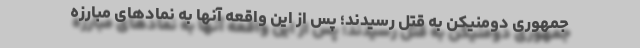
جمهوری دومنیکن به قتل رسیدند؛ پس از این واقعه آنها به نمادهای مبارزه